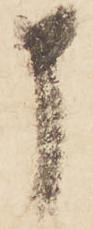
申